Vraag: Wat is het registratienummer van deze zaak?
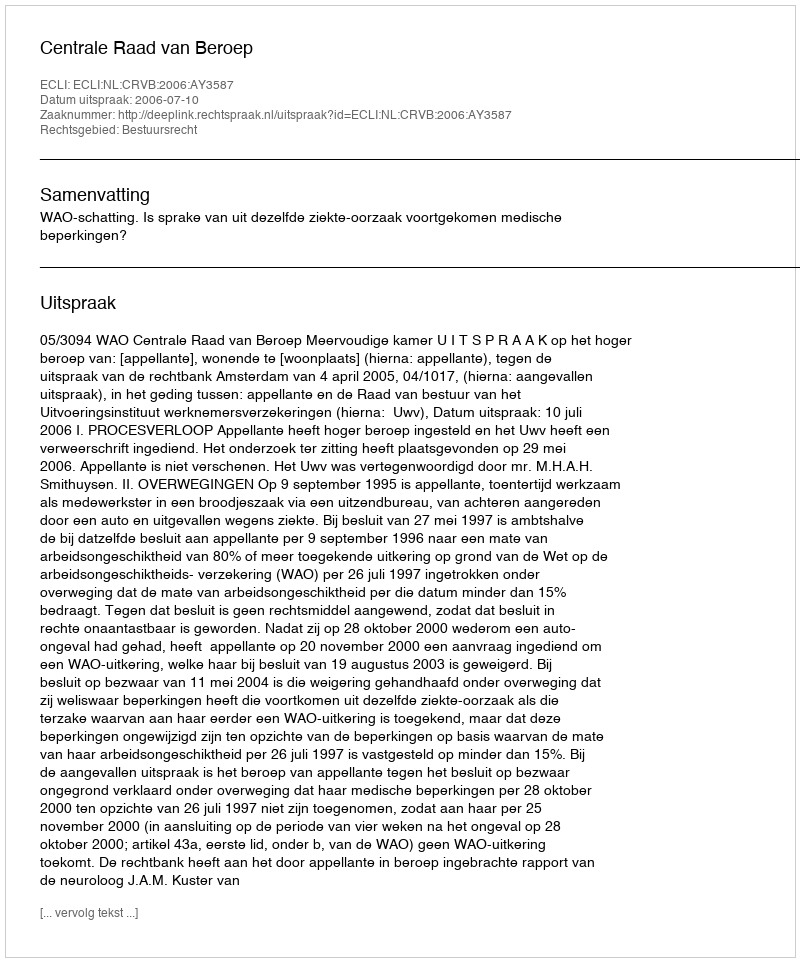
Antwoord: http://deeplink.rechtspraak.nl/uitspraak?id=ECLI:NL:CRVB:2006:AY3587